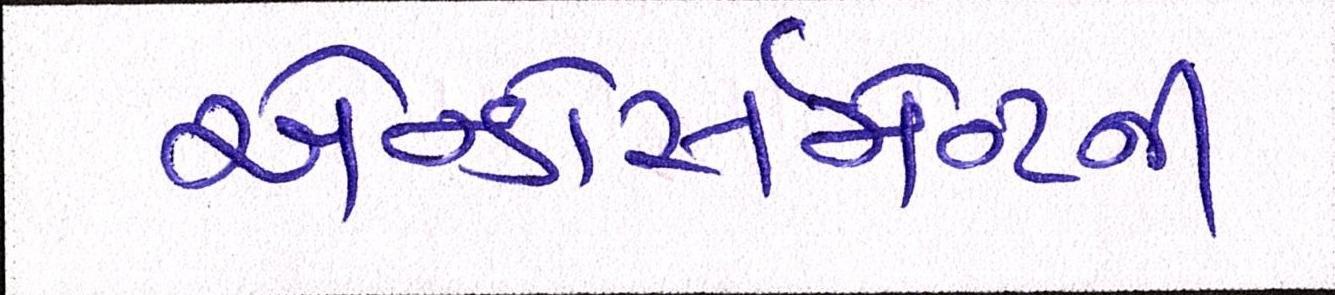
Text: એન્ડોર્સમેન્ટની